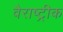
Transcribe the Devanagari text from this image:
वैराष्ट्रीक